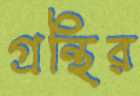
গ্রন্থির